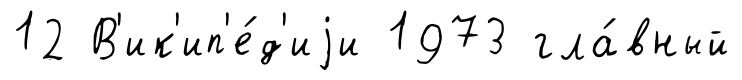
12 В'ик'ип'е́д'иjи 1973 гла́вный